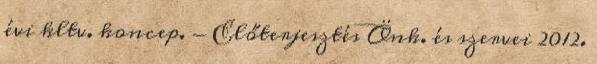
évi kltv. koncep. - Előterjesztés Önk. és szervei 2012.